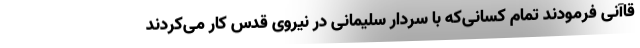
قاآنی فرمودند تمام کسانی‌که با سردار سلیمانی در نیروی قدس کار می‌کردند